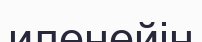
иленейін